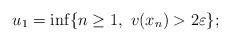
LaTeX: \begin{align*}u_1=\inf \{ n\geq 1, \ v(x_n) > 2\varepsilon\};\end{align*}